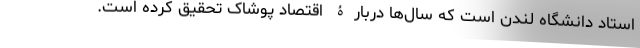
استاد دانشگاه لندن است که سال‌ها دربارۀ اقتصاد پوشاک تحقیق کرده است.